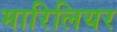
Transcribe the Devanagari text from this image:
मारिलियर